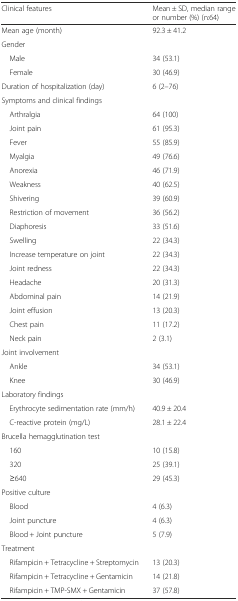
<table><thead><tr><td><b>Clinical features</b></td><td><b>Mean ± SD, median range or number (%) (n:64)</b></td></tr></thead><tbody><tr><td>Mean age (month)</td><td>92.3 ± 41.2</td></tr><tr><td colspan="2">Gender</td></tr><tr><td> Male</td><td>34 (53.1)</td></tr><tr><td> Female</td><td>30 (46.9)</td></tr><tr><td>Duration of hospitalization (day)</td><td>6 (2–76)</td></tr><tr><td colspan="2">Symptoms and clinical findings</td></tr><tr><td> Arthralgia</td><td>64 (100)</td></tr><tr><td> Joint pain</td><td>61 (95.3)</td></tr><tr><td> Fever</td><td>55 (85.9)</td></tr><tr><td> Myalgia</td><td>49 (76.6)</td></tr><tr><td> Anorexia</td><td>46 (71.9)</td></tr><tr><td> Weakness</td><td>40 (62.5)</td></tr><tr><td> Shivering</td><td>39 (60.9)</td></tr><tr><td> Restriction of movement</td><td>36 (56.2)</td></tr><tr><td> Diaphoresis</td><td>33 (51.6)</td></tr><tr><td> Swelling</td><td>22 (34.3)</td></tr><tr><td> Increase temperature on joint</td><td>22 (34.3)</td></tr><tr><td> Joint redness</td><td>22 (34.3)</td></tr><tr><td> Headache</td><td>20 (31.3)</td></tr><tr><td> Abdominal pain</td><td>14 (21.9)</td></tr><tr><td> Joint effusion</td><td>13 (20.3)</td></tr><tr><td> Chest pain</td><td>11 (17.2)</td></tr><tr><td> Neck pain</td><td>2 (3.1)</td></tr><tr><td colspan="2">Joint involvement</td></tr><tr><td> Ankle</td><td>34 (53.1)</td></tr><tr><td> Knee</td><td>30 (46.9)</td></tr><tr><td colspan="2">Laboratory findings</td></tr><tr><td> Erythrocyte sedimentation rate (mm/h)</td><td>40.9 ± 20.4</td></tr><tr><td> C-reactive protein (mg/L)</td><td>28.1 ± 22.4</td></tr><tr><td colspan="2">Brucella hemagglutination test</td></tr><tr><td> 160</td><td>10 (15.8)</td></tr><tr><td> 320</td><td>25 (39.1)</td></tr><tr><td> ≥640</td><td>29 (45.3)</td></tr><tr><td colspan="2">Positive culture</td></tr><tr><td> Blood</td><td>4 (6.3)</td></tr><tr><td> Joint puncture</td><td>4 (6.3)</td></tr><tr><td> Blood + Joint puncture</td><td>5 (7.9)</td></tr><tr><td colspan="2">Treatment</td></tr><tr><td> Rifampicin + Tetracycline + Streptomycin</td><td>13 (20.3)</td></tr><tr><td> Rifampicin + Tetracycline + Gentamicin</td><td>14 (21.8)</td></tr><tr><td> Rifampicin + TMP-SMX + Gentamicin</td><td>37 (57.8)</td></tr></tbody></table>